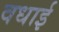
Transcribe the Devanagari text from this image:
वधाई